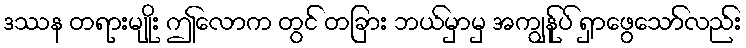
ဒဿန တရားမျိုး ဤလောက တွင် တခြား ဘယ်မှာမှ အကျွန်ုပ် ရှာဖွေသော်လည်း